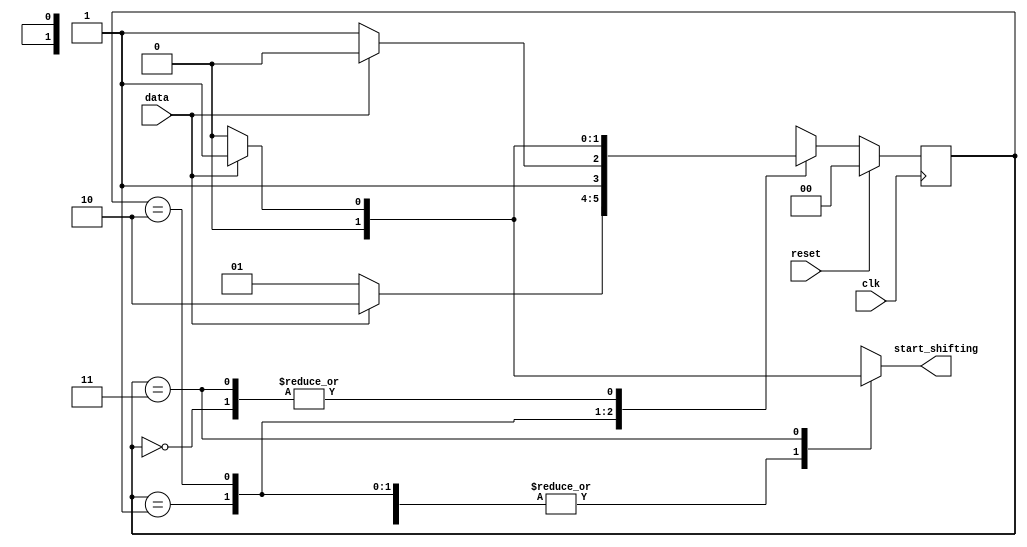
module Mealy_fsm_sequence_detector2 #( //1101
    parameter A = 0, B = 1, C = 2, D = 3
)(
    input clk, reset, data,
    output start_shifting);

    reg [1:0] state, next_state;
     
    always @(posedge clk) begin
        if (reset) begin
            state <= A;
        end
        else begin
            state <= next_state;
        end
    end

    always @(state or data) begin
        case (state)
                A : next_state = data ? B : A;
                B : next_state = data ? C : B;
                C : next_state = data ? C : D;
                D : next_state = data ? B : A;
                default: next_state = A;
        endcase
    end

    always @(state or data) begin
        case (state)
                A : start_shifting = data ? 0 : 0;
                B : start_shifting = data ? 0 : 0;
                C : start_shifting = data ? 0 : 0;
                D : start_shifting = data ? 1 : 0;
        endcase
    end
endmodule